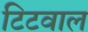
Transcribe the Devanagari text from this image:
टिटवाल